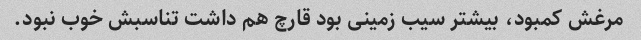
مرغش کمبود، بیشتر سیب زمینی بود قارچ هم داشت تناسبش خوب نبود.